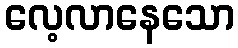
လေ့လာနေသော